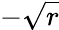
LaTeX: -\sqrt{r}